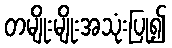
တမျိုးမျိုးအသုံးပြု၍